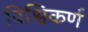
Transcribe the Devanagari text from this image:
विश्विकर्ण